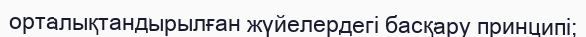
орталықтандырылған жүйелердегі басқару принципі;